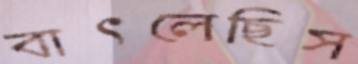
বাৎলেছিস